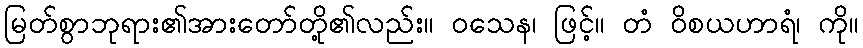
မြတ်စွာဘုရား၏အားတော်တို့၏လည်း။ ဝသေန၊ ဖြင့်။ တံ ဝိစယဟာရံ၊ ကို။